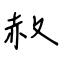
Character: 赦